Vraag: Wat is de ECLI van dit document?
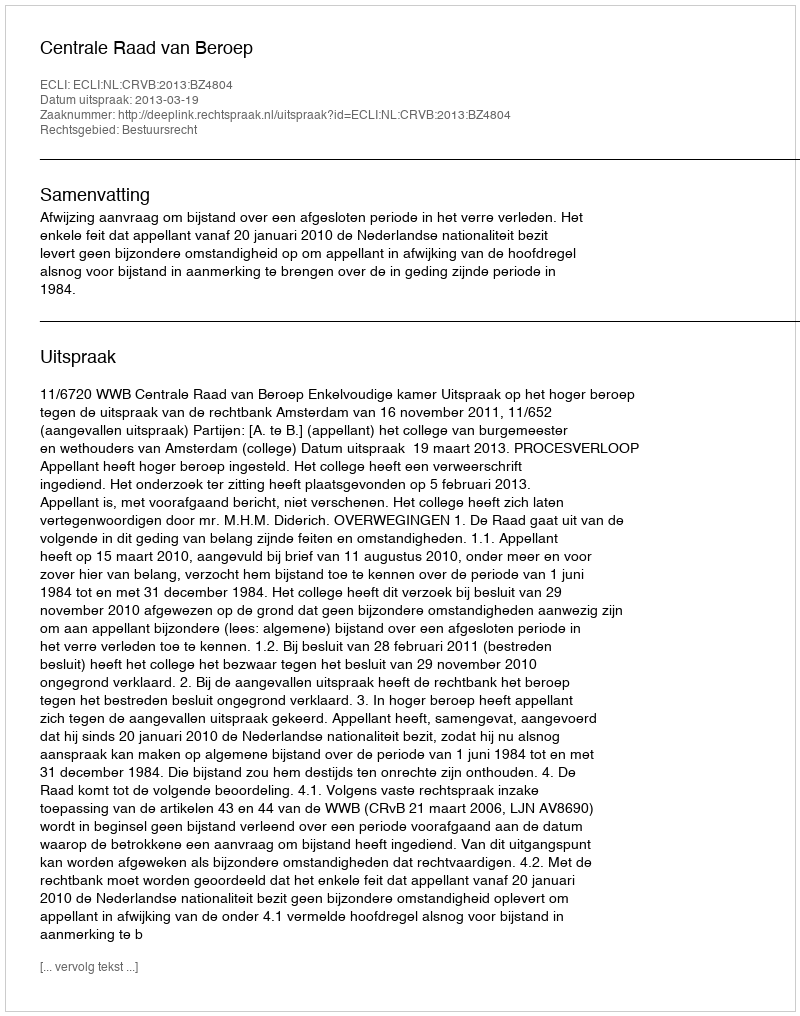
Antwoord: ECLI:NL:CRVB:2013:BZ4804